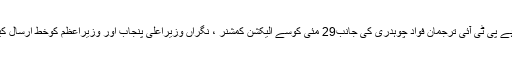
واضح رہے پی ٹی آئی ترجمان فواد چوہدری کی جانب29 مئی کوسے الیکشن کمشنر ، نگراں وزیراعلیٰ پنجاب اور وزیراعظم کوخط ارسال کیا گیا تھا۔